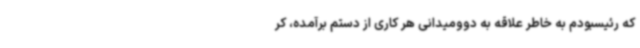
که رئیسبودم به خاطر علاقه به دوومیدانی هر کاری از دستم برآمده، کر